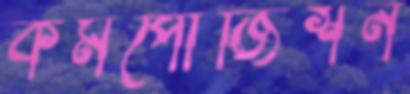
কমপোজিশন